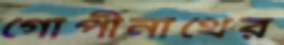
গোপীনাথের